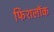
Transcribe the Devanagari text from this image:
फिशलॉक